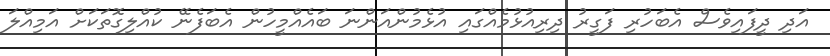
އަދި ދީފައިވެސް އެބަހުރި ފަގީރު ދިރިއުޅުމެއްގައި އުޅެމުންއަންނަ ބައެއްމީހުން އެބަފެނޭ ކުއްލިގޮތަކަށް އަމިއްލަ